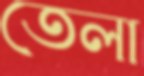
তেলা